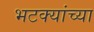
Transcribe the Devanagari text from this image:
भटक्यांच्या